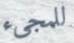
للمجيء